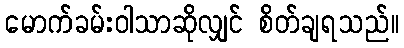
မောက်ခမ်းဝါသာဆိုလျှင် စိတ်ချရသည်။